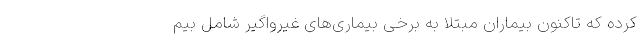
کرده که تاکنون بیماران مبتلا به برخی بیماری‌های غیرواگیر شامل بیم